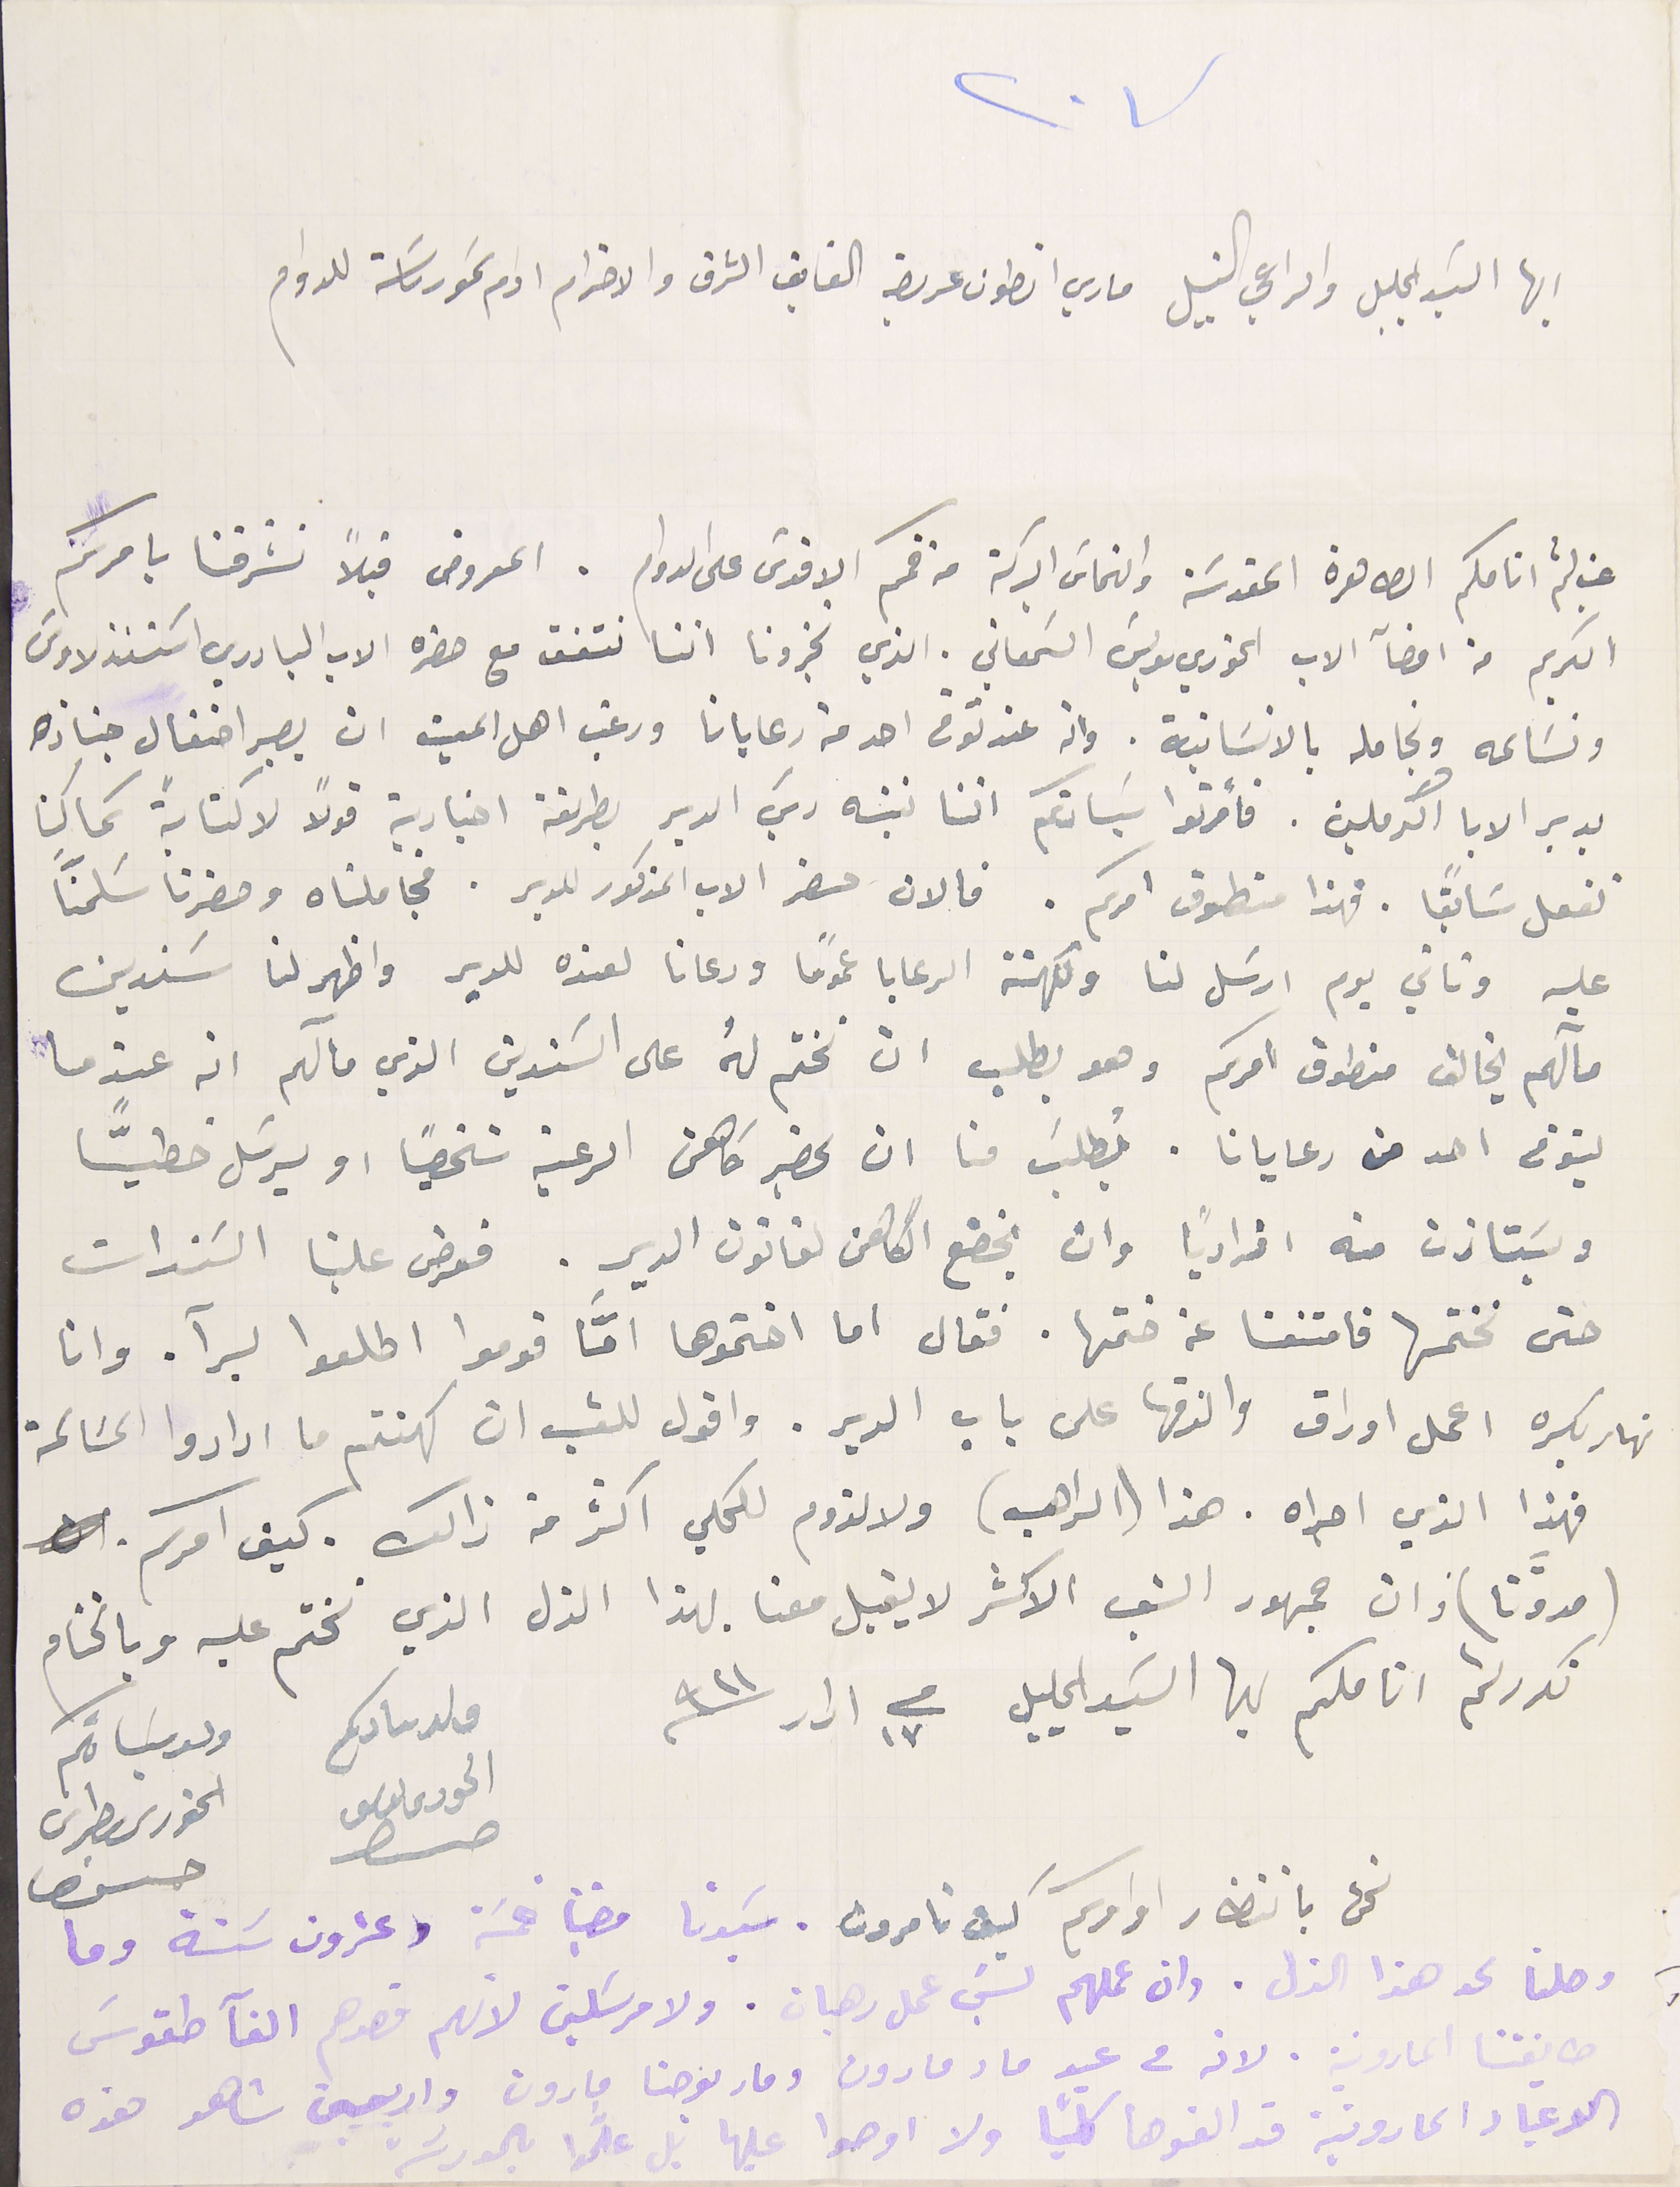
٢٠٧
ايها السَيد الجليل والراعي النبيل ماري انطون عريضة الفايق الشزف والاحترام ادام سَمو رىاسَته للدوام
غب لثم انامكم الطاهرة المقدسَة والتماسَ البركة من فمكم الاقدسَ على الدوام. المعروض قبلاً تشرفنا بامركم
الكريم من امضآ الاب الخوري بولسَ السَمعاني. الذي تخبرونا اننا نتفق مع حضرة الاب البادري استنذلاوسَ
ونسَاعه ونجامله بالانسانية. وانه عند توفى احد من رعايانا ورغب اهل الميت ان يصير احتفال جنازه
بدير الابا الكرملين. فأمرتوا سَيادتكم اننا ننبه ريسَ الدير بطريقة اخبارية قولًا لاكتابةً كما كنا
نفعل سَابقاً. فهذا منطوق امركم. فالان حضر الاب المذكور للدير. فجاملناه وحضرنا سَلمنَّا
عليه وتاني يوم ارسَل لنا ولكهنة الرعايا عمومًا ودعانا لعنده للدير واظهر لنا سَندين
مآلهم يخالف منطوق امركم وهو يطلب ان نختم له على السَندين الذي مآلهم انه عندما
يتوفى احد منه رعايانا. يطلَب منا ان يحضر كاهن الرعية شخصيًا او يرسَل خطيًا
ويسَتاذن منه افرادياً وان يخضع الكاهن لقانون الديرِ. فعرض علينا السَندات
حتى نختمها فامتنعنا عن ختمها. فقال اما اختموها امَّا قوموا اطلعوا برآ. وانا
 نهار بكره اعمل اوراق والزقها على باب الدير. واقول للشعب ان كهنتم ما ارادوا المسَالمة
فهذا الذي اجراه. هذا (الراهب) ولا لزوم للحكي اكثر من ذالك. كيف امركم.
(مدوَّنا) وان جمهور الشعب الاكثر لا يقبل معنا بهذا الذل الذي نختم عليه وبالختام
نكرر لثم اناملكم ايها السَيد الجليل فى ١٧  ادار سنة ٩٢١
ولد سادكم                  ولد سَيادتكم
الحورى ىوسف               الخورى بطرس
نحن بانتظار اومركم كيف تامرون. سَيدتا مضينا خمسَة وعشرون سَنة وما
وصلنا لحد هذا الذل . وان عملهم ليسَ عمل رهبان. ولا مرسَلين لأنهم قصدهم الغآ طقوسَ
طايفتنا المارونية. لانه فى عيد ما مارون ومار يوحنا مارون واربعين شاهد هذه
الاعياد المارونية قد الغوها كليًا ولا اجو عليها بل علموا بالمدرسَة